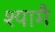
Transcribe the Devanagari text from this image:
श्यामै